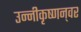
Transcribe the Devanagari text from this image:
उन्नीकृष्णन्‌वर